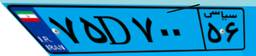
۷۵D۷۰۰۵۶